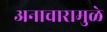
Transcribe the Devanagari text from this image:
अनाचारामुळे